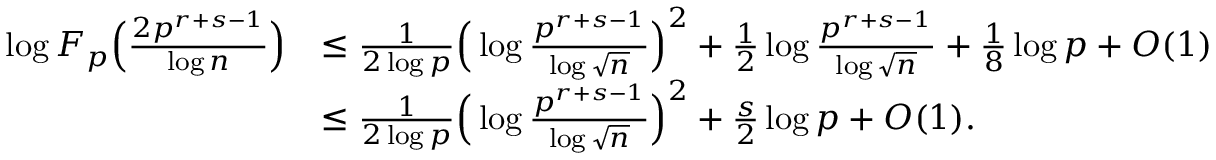
\begin{array} { r l } { \log { F _ { p } \Big ( \frac { 2 p ^ { r + s - 1 } } { \log { n } } \Big ) } } & { \leq \frac { 1 } { 2 \log { p } } \Big ( \log \frac { p ^ { r + s - 1 } } { \log { \sqrt { n } } } \Big ) ^ { 2 } + \frac { 1 } { 2 } \log \frac { p ^ { r + s - 1 } } { \log { \sqrt { n } } } + \frac { 1 } { 8 } \log { p } + O ( 1 ) } \\ & { \leq \frac { 1 } { 2 \log { p } } \Big ( \log \frac { p ^ { r + s - 1 } } { \log { \sqrt { n } } } \Big ) ^ { 2 } + \frac { s } { 2 } \log { p } + O ( 1 ) . } \end{array}